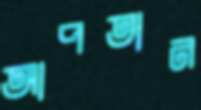
আপতান